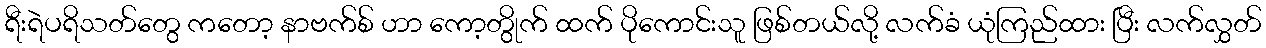
ရီးရဲပရိသတ်တွေ ကတော့ နာဗက်စ် ဟာ ကော့တွိုက် ထက် ပိုကောင်းသူ ဖြစ်တယ်လို့ လက်ခံ ယုံကြည်ထား ပြီး လက်လွှတ်